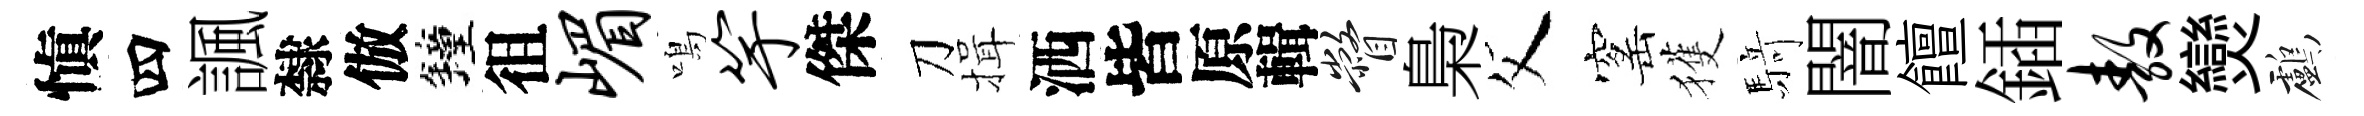
愼四諷隸倣鐘徂嵋鳴竽傑刀揖洒皆原輯瞥梟父窰獲𮪍闇饘鍤敖𤓖鸕